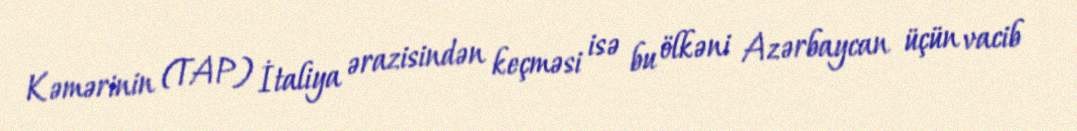
Kəmərinin (TAP) İtaliya ərazisindən keçməsi isə bu ölkəni Azərbaycan üçün vacib